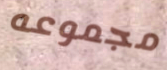
مجموعه